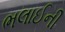
ભલાઈની